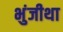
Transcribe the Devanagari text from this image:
भुंजीथा